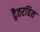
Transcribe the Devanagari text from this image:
द्वैतरहित